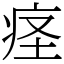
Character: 𫞬